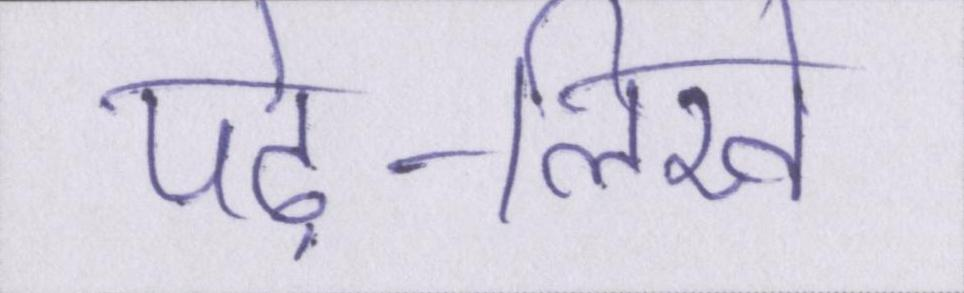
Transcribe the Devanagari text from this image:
पढ़े-लिखे